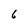
Character: 6